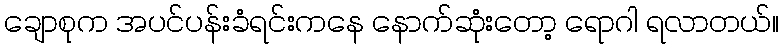
ချောစုက အပင်ပန်းခံရင်းကနေ နောက်ဆုံးတော့ ရောဂါ ရလာတယ်။